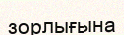
зорлығына